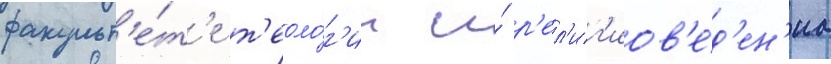
факульт'е́т'е т'еоло́г'ии и́ р'ел'иг'иов'е́д'ен'иа